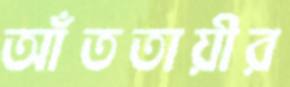
আঁততায়ীর